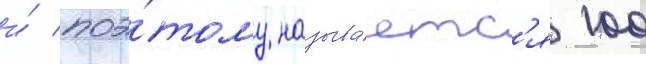
и́ поэ́тому называ́етс'я 100